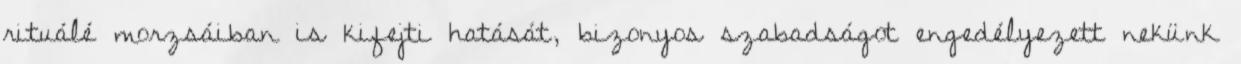
rituálé morzsáiban is kifejti hatását, bizonyos szabadságot engedélyezett nekünk